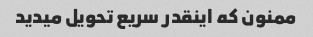
ممنون که اینقدر سریع تحویل میدید